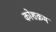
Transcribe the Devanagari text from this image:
कोशक्रम